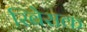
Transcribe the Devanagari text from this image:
रिबेराक